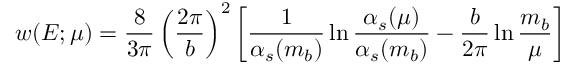
w ( E ; \mu ) = \frac { 8 } { 3 \pi } \left( \frac { 2 \pi } { b } \right) ^ { 2 } \left[ \frac { 1 } { \alpha _ { s } ( m _ { b } ) } \ln { \frac { \alpha _ { s } ( \mu ) } { \alpha _ { s } ( m _ { b } ) } } - \frac { b } { 2 \pi } \ln { \frac { m _ { b } } { \mu } } \right]